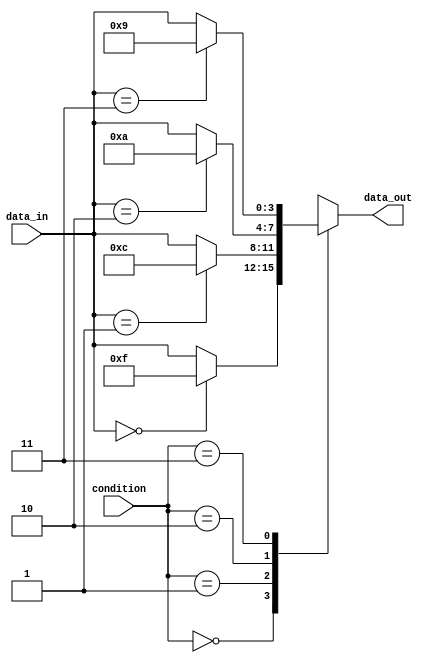
module case_if_else (
    input [1:0] condition,
    input [3:0] data_in,
    output reg [3:0] data_out
);

always @(*) begin
    case (condition)
        2'b00: begin
            if (data_in == 4'b0000) begin
                data_out = 4'b1111;
            end
            else begin
                data_out = data_in;
            end
        end
        2'b01: begin
            if (data_in == 4'b0001) begin
                data_out = 4'b1100;
            end
            else begin
                data_out = data_in;
            end
        end
        2'b10: begin
            if (data_in == 4'b0010) begin
                data_out = 4'b1010;
            end
            else begin
                data_out = data_in;
            end
        end
        2'b11: begin
            if (data_in == 4'b0011) begin
                data_out = 4'b1001;
            end
            else begin
                data_out = data_in;
            end
        end
    endcase
end

endmodule